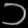
Digit: ၁